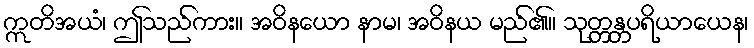
ဣတိအယံ၊ ဤသည်ကား။ အဝိနယော နာမ၊ အဝိနယ မည်၏။ သုတ္တန္တပရိယာယေန၊